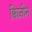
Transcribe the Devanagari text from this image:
क्विज़ीन